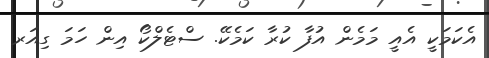
އެކަމަކީ އެއީ މަމެން އުފާ ކުރާ ކަމެކޭ. ސްޓެލްކޯ އިން ހަމަ ގިއަރ